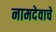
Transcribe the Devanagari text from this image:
नामदेवाचे